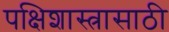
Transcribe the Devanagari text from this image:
पक्षिशास्त्रासाठी